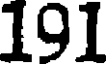
191